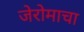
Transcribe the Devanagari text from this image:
जेरोमाचा